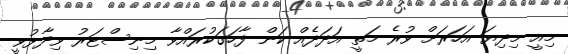
މިއީ މިދިޔަ އަހަރަށް ވުރެ މަތީ އަދަދެއް ކަން ފާހަގަކުރައްވާ މިނިސްޓަރު ވިދާޅުވީ